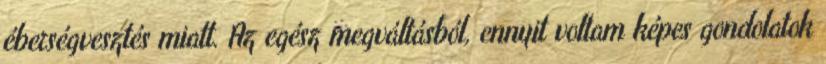
éberségvesztés miatt. Az egész megváltásból, ennyit voltam képes gondolatok